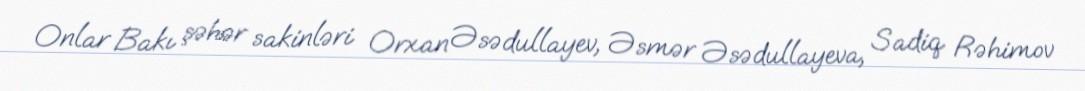
Onlar Bakı şəhər sakinləri Orxan Əsədullayev, Əsmər Əsədullayeva, Sadiq Rəhimov